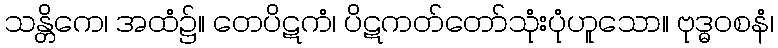
သန္တိကေ၊ အထံ၌။ တေပိဋကံ၊ ပိဋကတ်တော်သုံးပုံဟူသော။ ဗုဒ္ဓဝစနံ၊